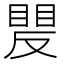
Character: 𥈍